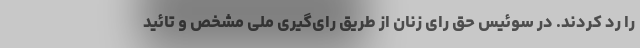
را رد کردند. در سوئیس حق رای زنان از طریق رای‌گیری ملی مشخص و تائید